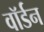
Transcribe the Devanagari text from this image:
वॉर्डन